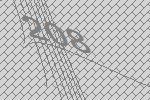
208